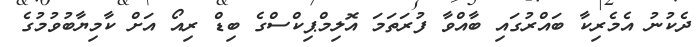
ދެކުނު އެމެރިކާ ބައްރުގައި ބާއްވާ ފުރަތަމަ އޮލިމްޕިކްސްގެ ބިޑް ރިއޯ އަށް ކާމިޔާބުވުމުގެ